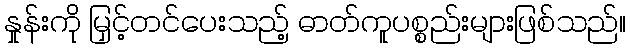
နှုန်းကို မြှင့်တင်ပေးသည့် ဓာတ်ကူပစ္စည်းများဖြစ်သည်။